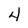
Character: 4